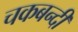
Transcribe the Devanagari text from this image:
चकबन्दी